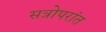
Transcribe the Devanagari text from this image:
सत्रोपरांत